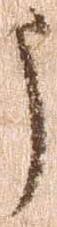
う